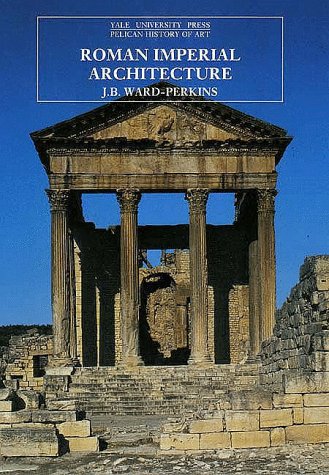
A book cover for Roman Imperial Architecture (The Yale University Press Pelican History of Art); J. B. Ward-Perkins; Arts & Photography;